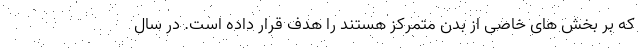
که بر بخش های خاصی از بدن متمرکز هستند را هدف قرار داده است. در سال